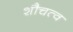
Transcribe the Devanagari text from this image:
शौचत्व